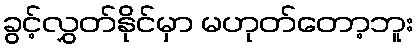
ခွင့်လွှတ်နိုင်မှာ မဟုတ်တော့ဘူး